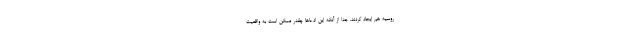
روسیه هم ایجاد کردند. جدا از آنکه این ادعاها چقدر ممکن است به واقعیت